Scottish Leaving Certificate Examination, 1954
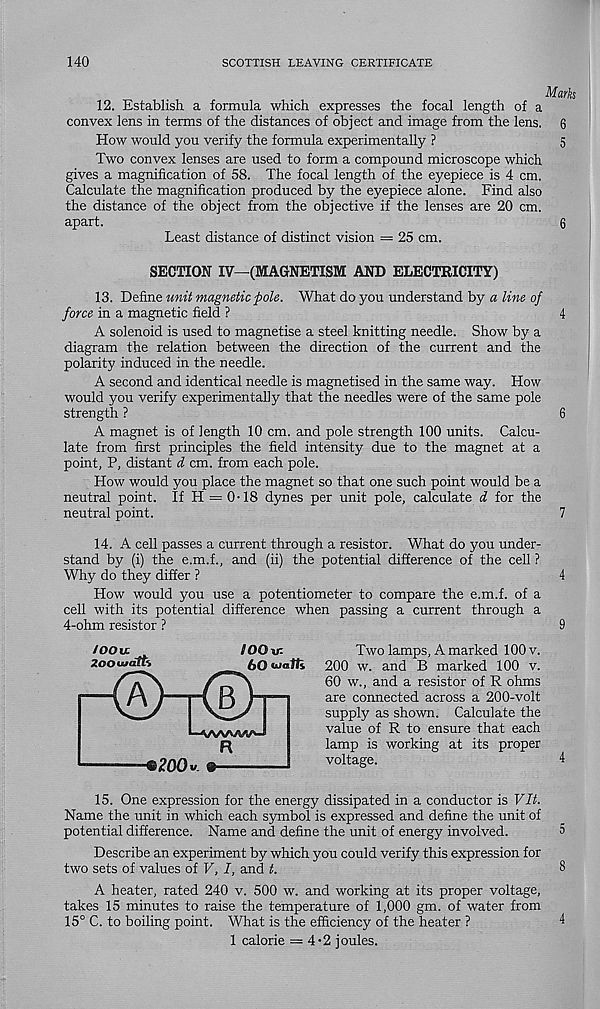
140
SCOTTISH LEAVING CERTIFICATE
Marks
12. Establish a formula which expresses the focal length of a
convex lens in terms of the distances of object and image from the lens. 6
How would you verify the formula experimentally ?
5
Two convex lenses are used to form a compound microscope which
gives a magnification of 58. The focal length of the eyepiece is 4 cm.
Calculate the magnification produced by the eyepiece alone. Find also
the distance of the object from the objective if the lenses are 20 cm.
apart.
6
Least distance of distinct vision = 25 cm.
SECTION IV—(MAGNETISM AND ELECTRICITY)
13. Define unit magnetic pole. What do you understand by ao/
force in a magnetic field ?
4
A solenoid is used to magnetise a steel knitting needle. Show by a
diagram the relation between the direction of the current and the
polarity induced in the needle.
A second and identical needle is magnetised in the same way. How
would you verify experimentally that the needles were of the same pole
strength ?
6
A magnet is of length 10 cm. and pole strength 100 units. Calcu-
late from first principles the field intensity due to the magnet at a
point, P, distant d cm. from each pole.
How would you place the magnet so that one such point would be a
neutral point. If H = 0-18 dynes per unit pole, calculate d for the
neutral point.
7
4
/OOu. .
IOO\r-
ZOOuidm
(,Q walk
r@>T®n
R
L
®200«. 9——
Two lamps, A marked 100 v.
200 w. and B marked 100 v.
60 w., and a resistor of R ohms
are connected across a 200-volt
supply as shown. Calculate the
value of R to ensure that each
lamp is working at its proper
voltage.
4
14. A cell passes a current through a resistor. What do you under-
stand by (i) the e.m.f., and (ii) the potential difference of the cell ?
Why do they differ ?
How would you use a potentiometer to compare the e.m.f. of a
cell with its potential difference when passing a current through a
4-ohm resistor ?
9
15. One expression for the energy dissipated in a conductor is Vlt.
Name the unit in which each symbol is expressed and define the unit of
potential difference. Name and define the unit of energy involved.
5
Describe an experiment by which you could verify this expression for
two sets of values of V, I, and t.
8
A heater, rated 240 v. 500 w. and working at its proper voltage,
takes 15 minutes to raise the temperature of 1,000 gm. of water from
15° C. to boiling point. What is the efficiency of the heater ?
4
1 calorie = 4-2 joules.